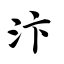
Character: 汴